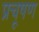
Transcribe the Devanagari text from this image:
प्रचूषण